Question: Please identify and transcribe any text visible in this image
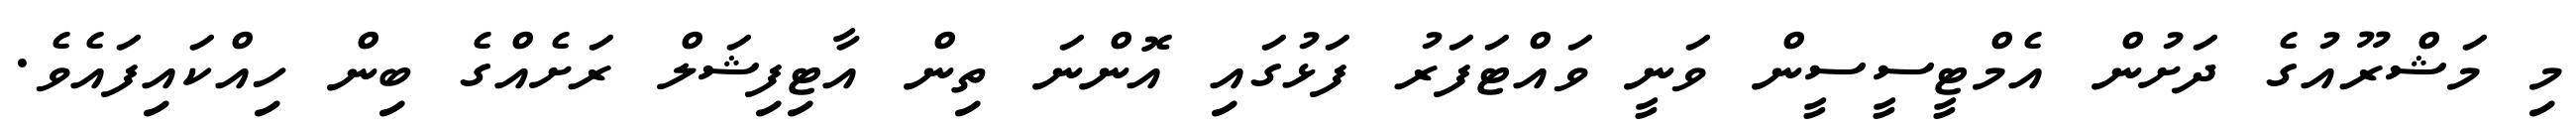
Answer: މި މަޝްރޫއުގެ ދަށުން އެމްޓީސީސީން ވަނީ ވައްޓަފަރު ފަޅުގައި އޮންނަ ތިން އާޓިފިޝަލް ރަށެއްގެ ބިން ހިއްކައިފައެވެ.